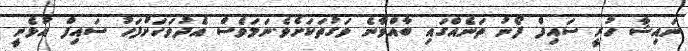
ނައިޝާ ހުރީ ސައިފް ފޯނު ތަނެއްގައި ބާއްވާނެ ވަގުތަކަށެވެ.ނަމަވެސް އެދުވަހަށްފަހު ސައިފް އުޅެނީ